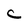
Character: C